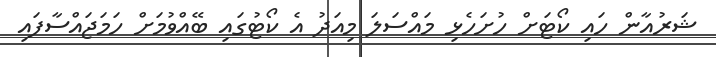
ޝަރުއާން ހައި ކޯޓަށް ހުށަހެޅި މައްސަލަ މިއަދު އެ ކޯޓުގައި ބޭއްވުމަށް ހަމަޖައްސާފައި